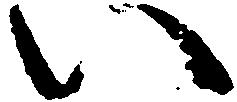
い